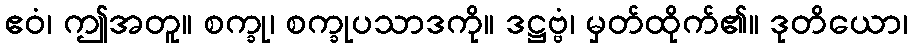
ဧဝံ၊ ဤအတူ။ စက္ခု၊ စက္ခုပသာဒကို။ ဒဋ္ဌဗ္ဗံ၊ မှတ်ထိုက်၏။ ဒုတိယော၊